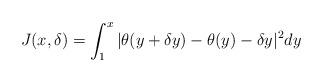
LaTeX: \begin{align*} J(x,\delta) = \int_1^{x} |\theta(y+\delta y)- \theta(y) - \delta y|^2 dy\end{align*}